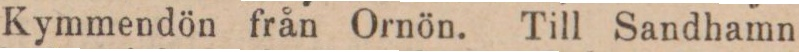
Kymmendön från Ornön. Till Sandhamn